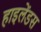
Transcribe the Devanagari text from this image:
हाइलेंडस